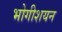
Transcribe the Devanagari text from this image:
भोगीशयन